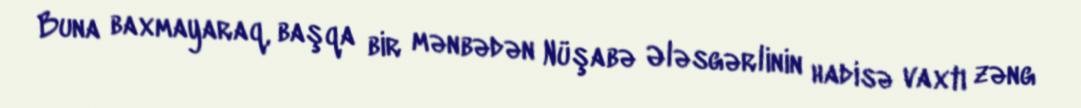
Buna baxmayaraq, başqa bir mənbədən Nüşabə Ələsgərlinin hadisə vaxtı zəng